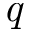
\textit { q }